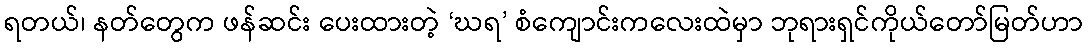
ရတယ်၊ နတ်တွေက ဖန်ဆင်း ပေးထားတဲ့ ‘ဃရ’ စံကျောင်းကလေးထဲမှာ ဘုရားရှင်ကိုယ်တော်မြတ်ဟာ